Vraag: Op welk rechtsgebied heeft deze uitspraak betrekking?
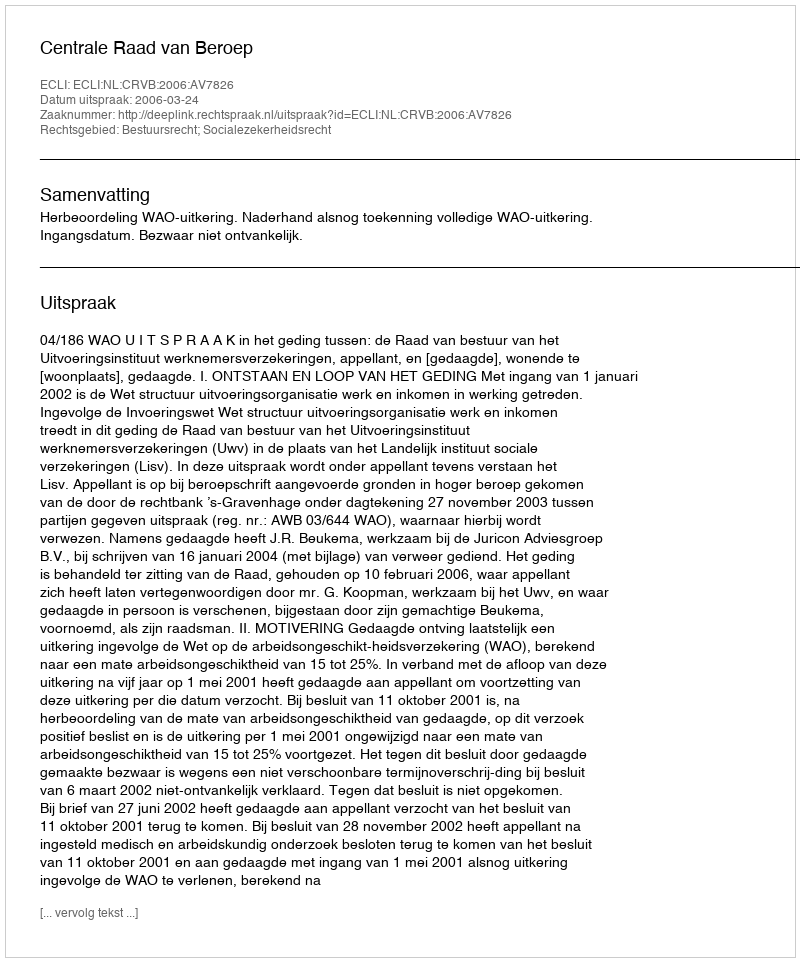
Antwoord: Bestuursrecht; Socialezekerheidsrecht